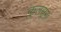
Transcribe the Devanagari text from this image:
कुलसूम।